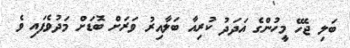
ބަލި ޖެހޭ މީހުންގެ އަދަދު ކުރިއާ ބަލާއިރު ވަރަށް ބޮޑަށް މަދުވެފައި ވެ